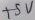
Text: +5V